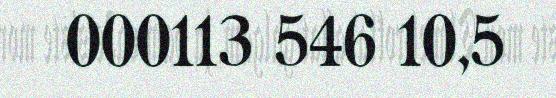
000113 546 10,5